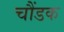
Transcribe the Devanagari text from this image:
चौंडक